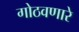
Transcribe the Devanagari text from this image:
गोठवणारे